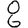
Digit: 8